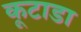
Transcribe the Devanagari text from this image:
कूटाडा